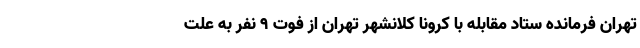
تهران فرمانده ستاد مقابله با کرونا کلانشهر تهران از فوت ۹ نفر به علت